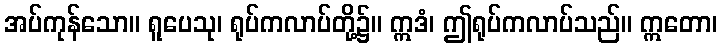
အပ်ကုန်သော။ ရူပေသု၊ ရုပ်ကလာပ်တို့၌။ ဣဒံ၊ ဤရုပ်ကလာပ်သည်။ ဣတော၊